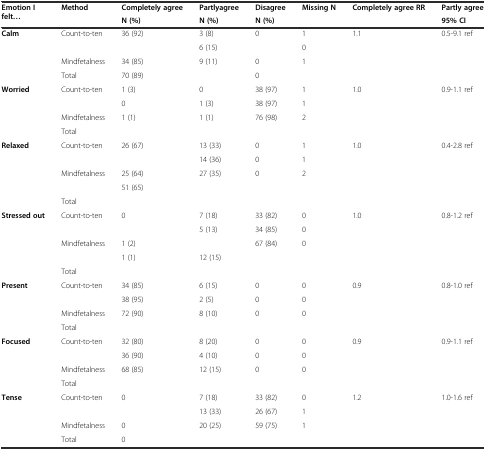
<table><thead><tr><td><b>Emotion I felt...</b></td><td><b>Method</b></td><td><b>Completely agree</b></td><td><b>Partlyagree</b></td><td><b>Disagree</b></td><td><b>Missing N</b></td><td><b>Completely agree RR</b></td><td><b>Partly agree</b></td></tr><tr><td></td><td></td><td><b>N (%)</b></td><td><b>N (%)</b></td><td><b>N (%)</b></td><td></td><td></td><td><b>95% CI</b></td></tr></thead><tbody><tr><td><b>Calm</b></td><td>Count-to-ten</td><td>36 (92)</td><td>3 (8)</td><td>0</td><td>1</td><td>1.1</td><td>0.5-9.1 ref</td></tr><tr><td></td><td></td><td></td><td>6 (15)</td><td></td><td>0</td><td></td><td></td></tr><tr><td></td><td>Mindfetalness</td><td>34 (85)</td><td>9 (11)</td><td>0</td><td>1</td><td></td><td></td></tr><tr><td></td><td>Total</td><td>70 (89)</td><td></td><td>0</td><td></td><td></td><td></td></tr><tr><td><b>Worried</b></td><td>Count-to-ten</td><td>1 (3)</td><td>0</td><td>38 (97)</td><td>1</td><td>1.0</td><td>0.9-1.1 ref</td></tr><tr><td></td><td></td><td>0</td><td>1 (3)</td><td>38 (97)</td><td>1</td><td></td><td></td></tr><tr><td></td><td>Mindfetalness</td><td>1 (1)</td><td>1 (1)</td><td>76 (98)</td><td>2</td><td></td><td></td></tr><tr><td></td><td>Total</td><td></td><td></td><td></td><td></td><td></td><td></td></tr><tr><td><b>Relaxed</b></td><td>Count-to-ten</td><td>26 (67)</td><td>13 (33)</td><td>0</td><td>1</td><td>1.0</td><td>0.4-2.8 ref</td></tr><tr><td></td><td></td><td></td><td>14 (36)</td><td>0</td><td>1</td><td></td><td></td></tr><tr><td></td><td>Mindfetalness</td><td>25 (64)</td><td>27 (35)</td><td>0</td><td>2</td><td></td><td></td></tr><tr><td></td><td></td><td>51 (65)</td><td></td><td></td><td></td><td></td><td></td></tr><tr><td></td><td>Total</td><td></td><td></td><td></td><td></td><td></td><td></td></tr><tr><td><b>Stressed out</b></td><td>Count-to-ten</td><td>0</td><td>7 (18)</td><td>33 (82)</td><td>0</td><td>1.0</td><td>0.8-1.2 ref</td></tr><tr><td></td><td></td><td></td><td>5 (13)</td><td>34 (85)</td><td>0</td><td></td><td></td></tr><tr><td></td><td>Mindfetalness</td><td>1 (2)</td><td></td><td>67 (84)</td><td>0</td><td></td><td></td></tr><tr><td></td><td></td><td>1 (1)</td><td>12 (15)</td><td></td><td></td><td></td><td></td></tr><tr><td></td><td>Total</td><td></td><td></td><td></td><td></td><td></td><td></td></tr><tr><td><b>Present</b></td><td>Count-to-ten</td><td>34 (85)</td><td>6 (15)</td><td>0</td><td>0</td><td>0.9</td><td>0.8-1.0 ref</td></tr><tr><td></td><td></td><td>38 (95)</td><td>2 (5)</td><td>0</td><td>0</td><td></td><td></td></tr><tr><td></td><td>Mindfetalness</td><td>72 (90)</td><td>8 (10)</td><td>0</td><td>0</td><td></td><td></td></tr><tr><td></td><td>Total</td><td></td><td></td><td></td><td></td><td></td><td></td></tr><tr><td><b>Focused</b></td><td>Count-to-ten</td><td>32 (80)</td><td>8 (20)</td><td>0</td><td>0</td><td>0.9</td><td>0.9-1.1 ref</td></tr><tr><td></td><td></td><td>36 (90)</td><td>4 (10)</td><td>0</td><td>0</td><td></td><td></td></tr><tr><td></td><td>Mindfetalness</td><td>68 (85)</td><td>12 (15)</td><td>0</td><td>0</td><td></td><td></td></tr><tr><td></td><td>Total</td><td></td><td></td><td></td><td></td><td></td><td></td></tr><tr><td><b>Tense</b></td><td>Count-to-ten</td><td>0</td><td>7 (18)</td><td>33 (82)</td><td>0</td><td>1.2</td><td>1.0-1.6 ref</td></tr><tr><td></td><td></td><td></td><td>13 (33)</td><td>26 (67)</td><td>1</td><td></td><td></td></tr><tr><td></td><td>Mindfetalness</td><td>0</td><td>20 (25)</td><td>59 (75)</td><td>1</td><td></td><td></td></tr><tr><td></td><td>Total</td><td>0</td><td></td><td></td><td></td><td></td><td></td></tr></tbody></table>